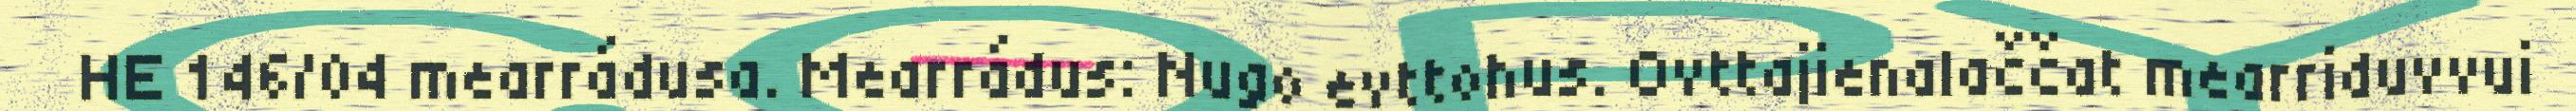
HE 146/04 mearrádusa. Mearrádus: Nugo evttohus. Ovttajienalaččat mearriduvvui